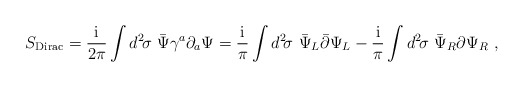
\begin{align*}S_{\rm Dirac}={\rm i\over 2\pi}\int d^2\!\sigma\, \, {\bar\Psi}\gamma^a\partial_a \Psi= {\rm i\over \pi}\int d^2\!\sigma\, \, {\bar\Psi}_L{\bar \partial}\Psi_L-{\rm i\over \pi}\int d^2\!\sigma\, \, {\bar\Psi}_R{ \partial}\Psi_R\ ,\end{align*}